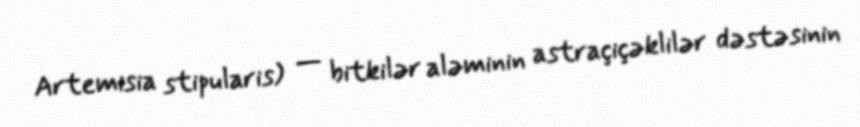
Artemisia stipularis) — bitkilər aləminin astraçiçəklilər dəstəsinin